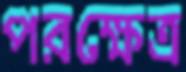
পরক্ষেত্র